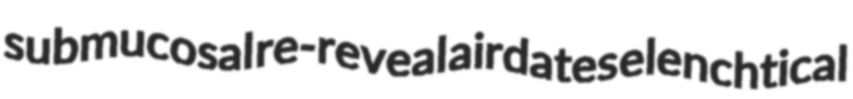
submucosal re-reveal airdates elenchtical